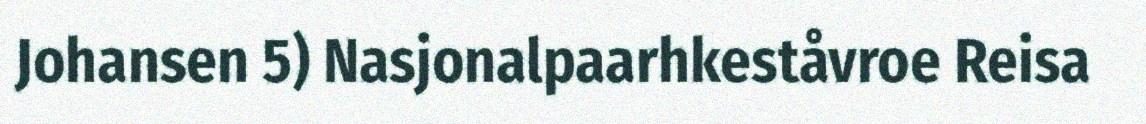
Johansen 5) Nasjonalpaarhkeståvroe Reisa